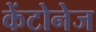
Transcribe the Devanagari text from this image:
केंटोनेज